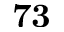
\mathbf { 7 3 }